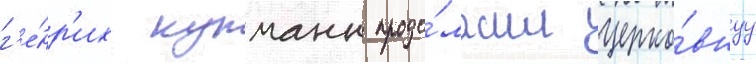
г'е́нр'их купманн продо́лжил церко́внуу